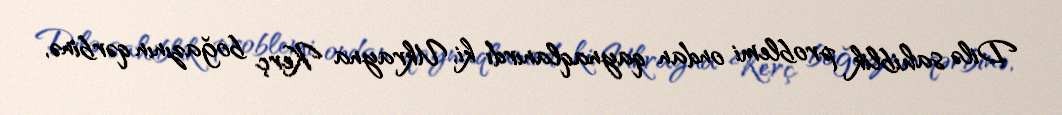
Dilə sahiblik problemi ondan qaynaqlanırdı ki, Ukrayna Kerç boğazının qərbinə,